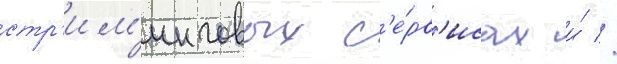
стр'им'инговых с'е́рв'исах и́ //